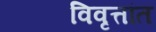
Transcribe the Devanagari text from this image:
विवृत्तांत